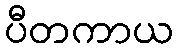
ပီတကာယ